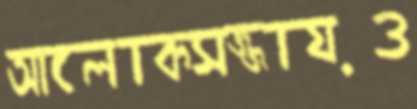
আলোকসজ্জায়ও